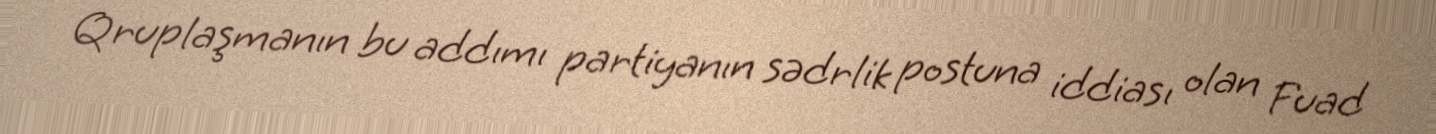
Qruplaşmanın bu addımı partiyanın sədrlik postuna iddiası olan Fuad